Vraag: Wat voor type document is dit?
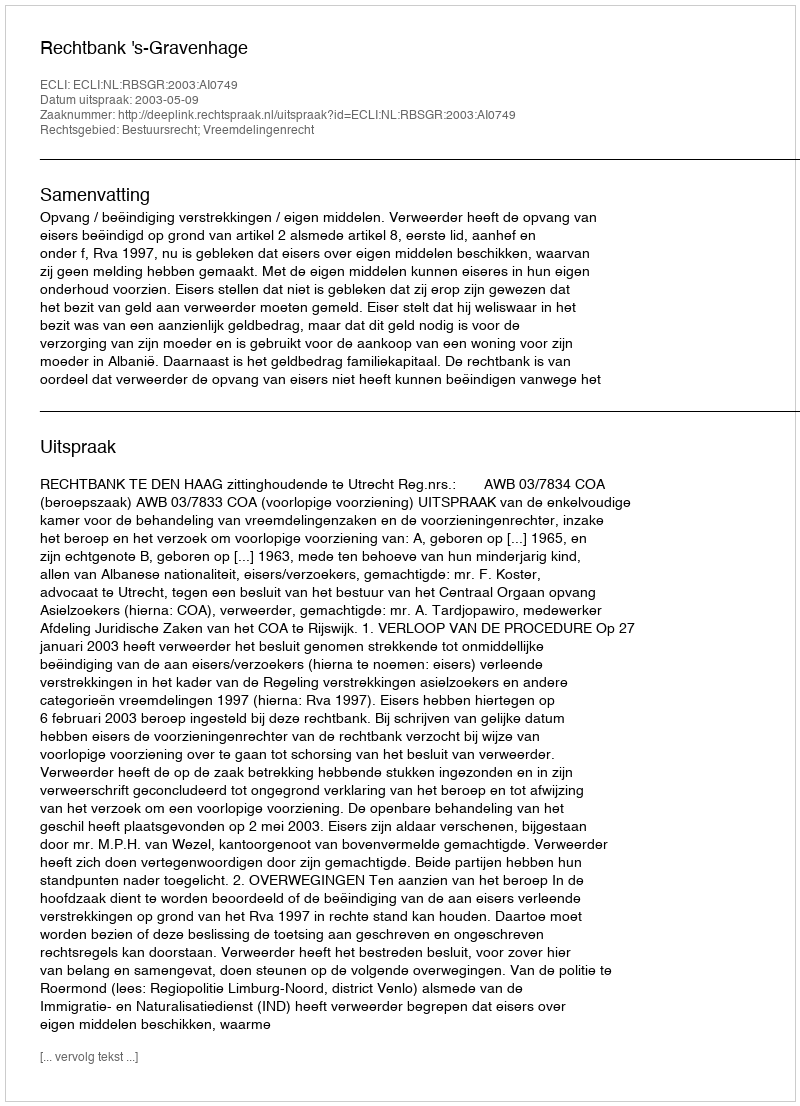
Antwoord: Uitspraak